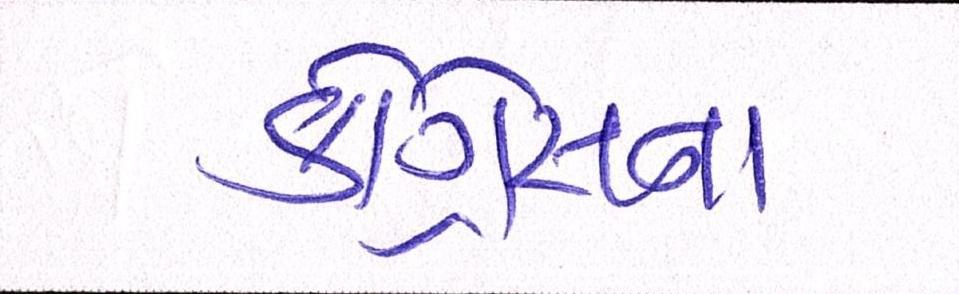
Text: કૉંગ્રેસના